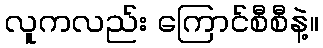
လူကလည်း ကြောင်စီစီနဲ့။